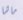
ماشا